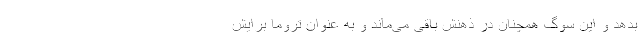
بدهد و این سوگ همچنان در ذهنش باقی می‌ماند و به عنوان تروما برایش